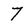
Character: 7